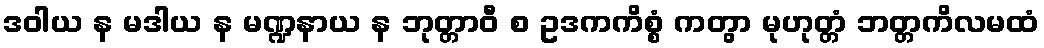
ဒဝါယ န မဒါယ န မဏ္ဍနာယ န ဘုတ္တာဝီ စ ဥဒကကိစ္စံ ကတွာ မုဟုတ္တံ ဘတ္တကိလမထံ